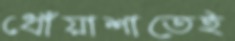
ধোঁয়াশাতেই